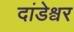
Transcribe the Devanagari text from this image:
दांडेश्वर